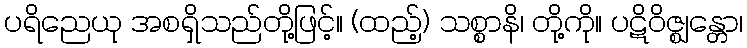
ပရိညေယု အစရှိသည်တို့ဖြင့်။ (ထည့်) သစ္စာနိ၊ တို့ကို။ ပဋိဝိဇ္ဈန္တော၊